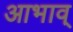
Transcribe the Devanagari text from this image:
आभाव्